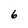
Character: 6